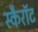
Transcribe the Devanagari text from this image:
स्कैरॉट